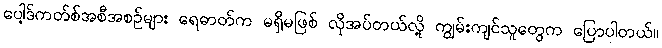
ပေါ့ဒ်ကတ်စ်အစီအစဉ်များ ရေဓာတ်က မရှိမဖြစ် လိုအပ်တယ်လို့ ကျွမ်းကျင်သူတွေက ပြောပါတယ်။